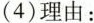
(4)理由：